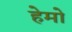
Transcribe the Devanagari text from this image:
हेमो